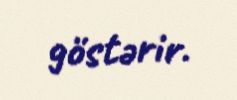
göstərir.